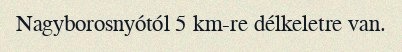
Nagyborosnyótól 5 km-re délkeletre van.